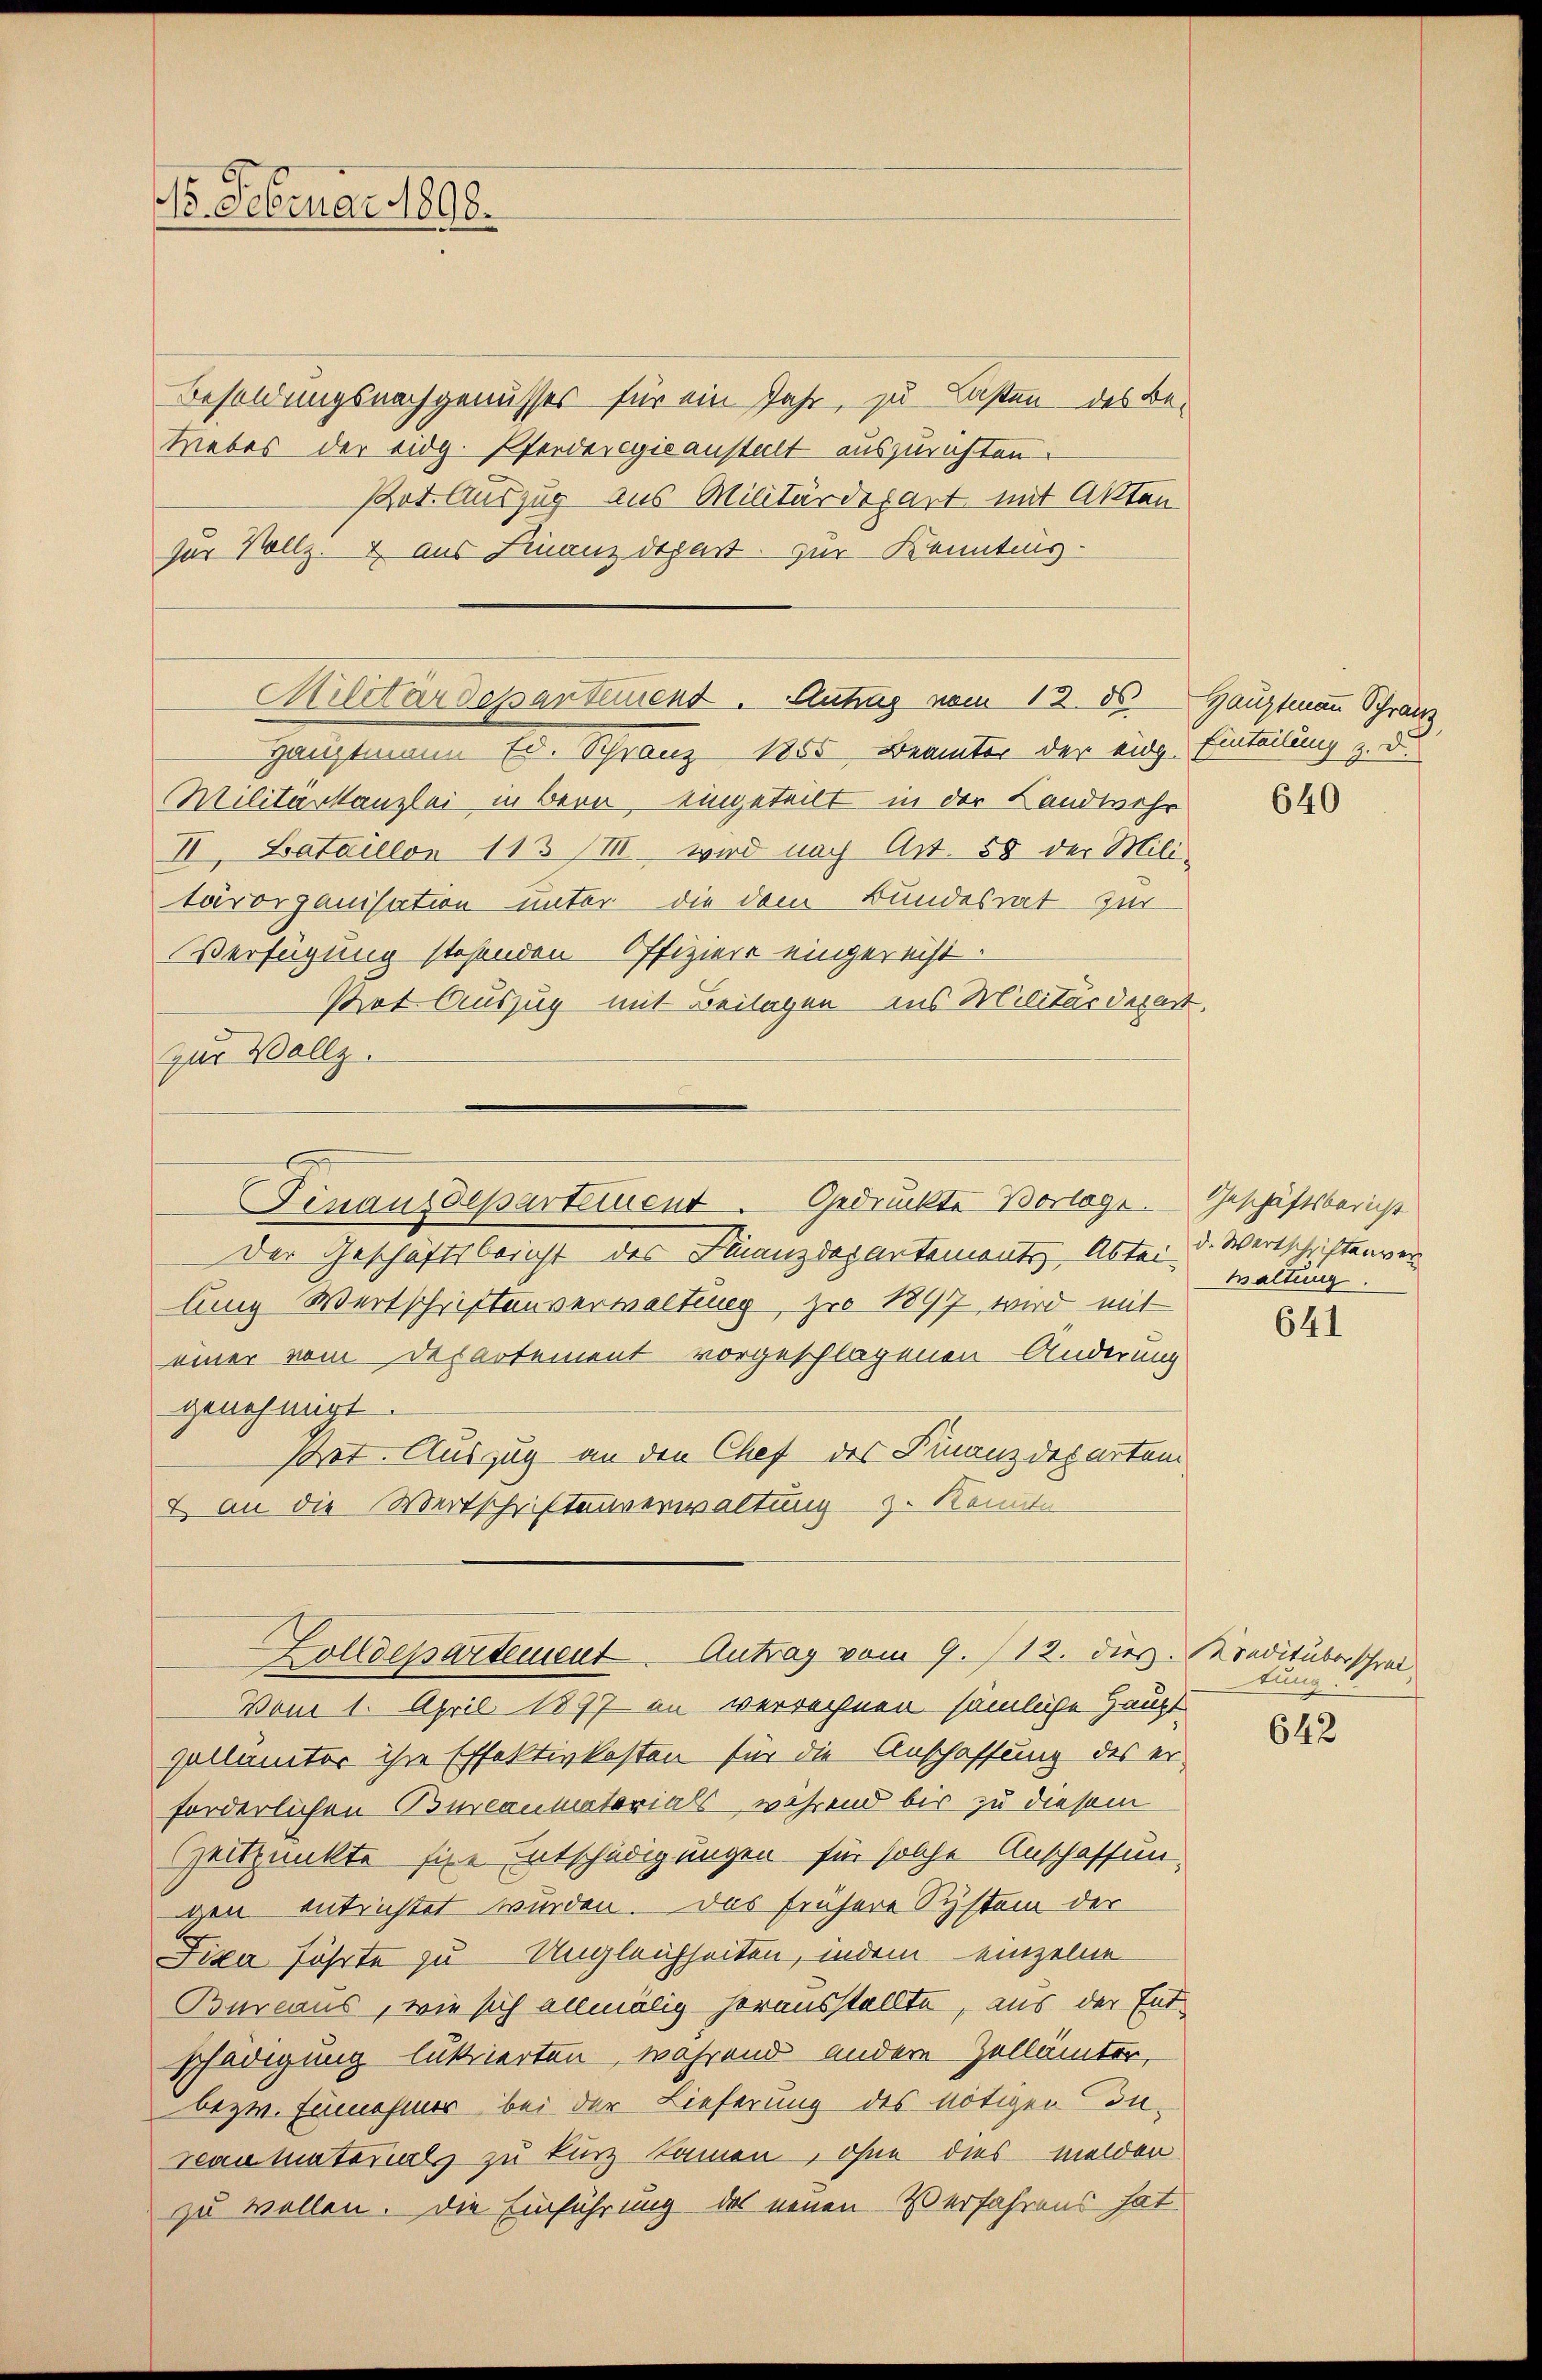
15. Februar 1890.

Militärdepartement. Antrag vom 12. ds.

Besoldungsnachgenusses für ein Jahr, zu Lasten des Be¬
Liebes der eidg. Pferderegis anstalt auszurichten.
Pot. Auszug aus Militärdepart mit Akten
zur Vollz. & aus Finanzdepart zur Kenntnis-

Militar-Canzlei in Bern, eingeteilt in der Landwehr

Hauptmann Ed. Schranz 1855 Beamter der eidg. Einteilung z. d.
II. Bataillon 113 /III. wird nach Art. 58 der Mili-
tärorganisation unter die dem Bundesrat zur
Verfügung stehenden Offiziere eingereiht.
Pot Auszug mit Beilagen ins Militärdepart
zur Vollz.
Der Geschäftsbericht des Finanzdepartements Abteilung Wertschriftenverwaltung, zu 1897 wird mit
einer vom Departement vorgeschlagenen Änderung
genehmigt.
Pret. Auszug an den Chef des Finanzdepartem
I an die Wertschriftenverwaltung z. Konnte
Zolldepartement Antrag vom 9. /12. dies
Vom 1. April 1897 in verrechnen sämliche Hauptpollanter ihre Effektivkosten für die Anschaffung des erforderlichen Burcaumaterials, während bis zu diesem
Zeitpunkte sie Entschädigungen für solche Anschaffungen entrichtet wurden. Das frühere System der
Fixa führte zu Ungleichheiten, indem einzelne
Bureaus, wie sich allmälig herausstellte, aus der Entschädigung lukierten, während andere Zellämter,
bezw. Einnehmer bei der Lieferung des nötigen In-
veau materials zu kurz kamen, ohne dies melder
zu wollen. Die Einführung des neuen Verfahrens hat

Finanzdepartituent. Gedruckte Vorlage.

Hauptmann Schranz

640

Geschäftsbericht
d. Wertschriftengen
waltung

641

Mondituberschrei
tung

642